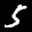
Label: 5